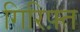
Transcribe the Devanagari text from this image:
गिरिफ़्त